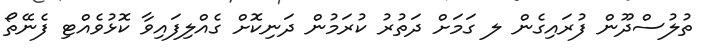
ތުލުސްދޫން ފުރައިގެން ލ ގަމަށް ދަތުރު ކުރަމުން ދަނިކޮށް ގެއްލިފައިވާ ކޮޅުވެއްޓި ފެނޭތޯ